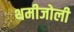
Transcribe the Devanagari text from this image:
थमीजोली